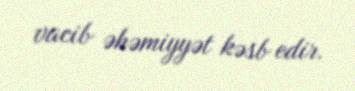
vacib əhəmiyyət kəsb edir.